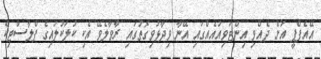
އޭއެފްޕީ އަށް ދެއްވި އިންޓަވިއުއެއްގައި އޭނާ ވިދާޅުވިގޮތުގައި ރާވާލެވޭ އެކި ކުލަކުލައިގެ ޕްލާސްޓިކް